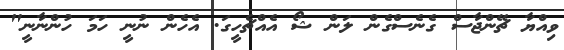
ވިއްޔާ ޗޭންޖާސް ގެނެސްގެން ލަން ޝޯ އެއްޗެހީގަ. އެހެން ނުނީ ހަމަ ހުންނާނީ"